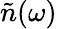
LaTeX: \tilde{n}(\omega)